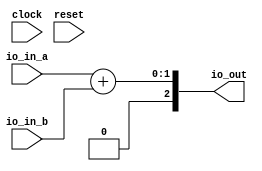
module Demo_0(
  input        clock,
  input        reset,
  input  [1:0] io_in_a,
  input        io_in_b,
  output [2:0] io_out
);
  wire [1:0] _GEN_0 = {{1'd0}, io_in_b}; // @[Demo_0.scala 10:21]
  wire [1:0] _T_1 = io_in_a + _GEN_0; // @[Demo_0.scala 10:21]
  assign io_out = {{1'd0}, _T_1}; // @[Demo_0.scala 10:21]
endmodule